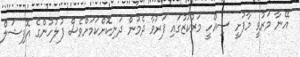
އޭނާ މަރުވީ މާފުށީ ސިއްހީ މަރުކަޒުގައި ފަރުވާ ދެމުން ދަނިކޮށްކަމަށްވެސް ފުލުހުންގެ އޮފިޝަލް